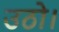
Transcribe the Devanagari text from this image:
उठो।